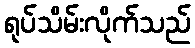
ရုပ်သိမ်းလိုက်သည်